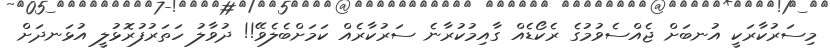
މިސަރުކާރަކީ އުނބަށް ޖެއްސެވުމުގެ ރެކޯޑެއް ގާއިމުކުރާނެ ސަރުކާރެއް ކަމަށްބެލެވޭ!! ދުވާލު ހަތަރުފުރޮޅުލީ އުޅަނދަށް